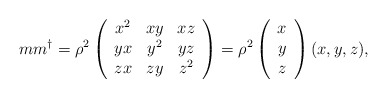
\begin{align*}m m^{\dagger} = \rho^2 \left( \begin{array}{ccc} x^2 & xy & xz \\ yx & y^2 & yz \\ zx & zy & z^2 \end{array} \right) = \rho^2 \left( \begin{array}{c} x \\ y \\ z \end{array} \right) (x, y, z),\end{align*}